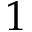
1